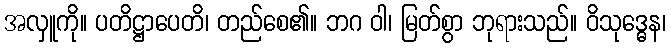
အလှူကို။ ပတိဋ္ဌာပေတိ၊ တည်စေ၏။ ဘဂ ဝါ၊ မြတ်စွာ ဘုရားသည်။ ဝိသုဒ္ဓေန၊